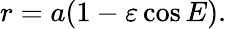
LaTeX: r=a(1-\varepsilon\cos E).